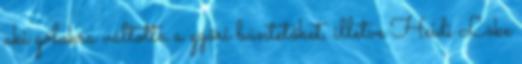
aki gólokra váltotta a győri büntetőket, illetve Heidi Löke